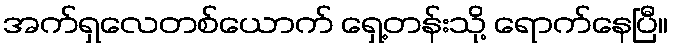
အက်ရှလေတစ်ယောက် ရှေ့တန်းသို့ ရောက်နေပြီ။